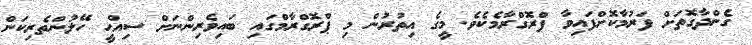
ގެންދާގޮތަށް ފަރުމާކޮށްފައިވާ ޕްރޮގްރާމެކެވެ. މީގެ އިތުރުން މި ޕްރޮގްރާމްގައި ބައިވެރިންނަށް ސިއްޙީ ހޭލުންތެރިކަން